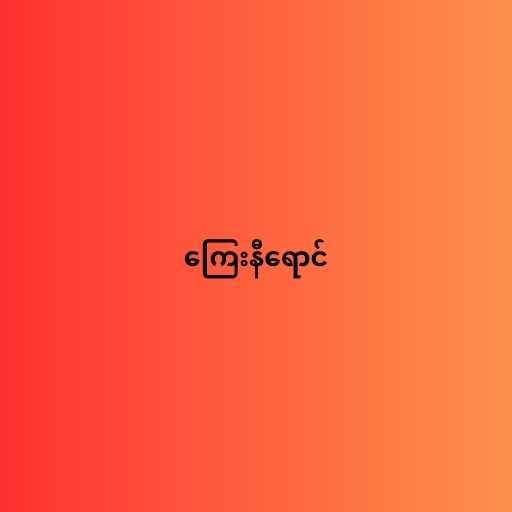
ကြေးနီရောင်